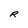
Character: R